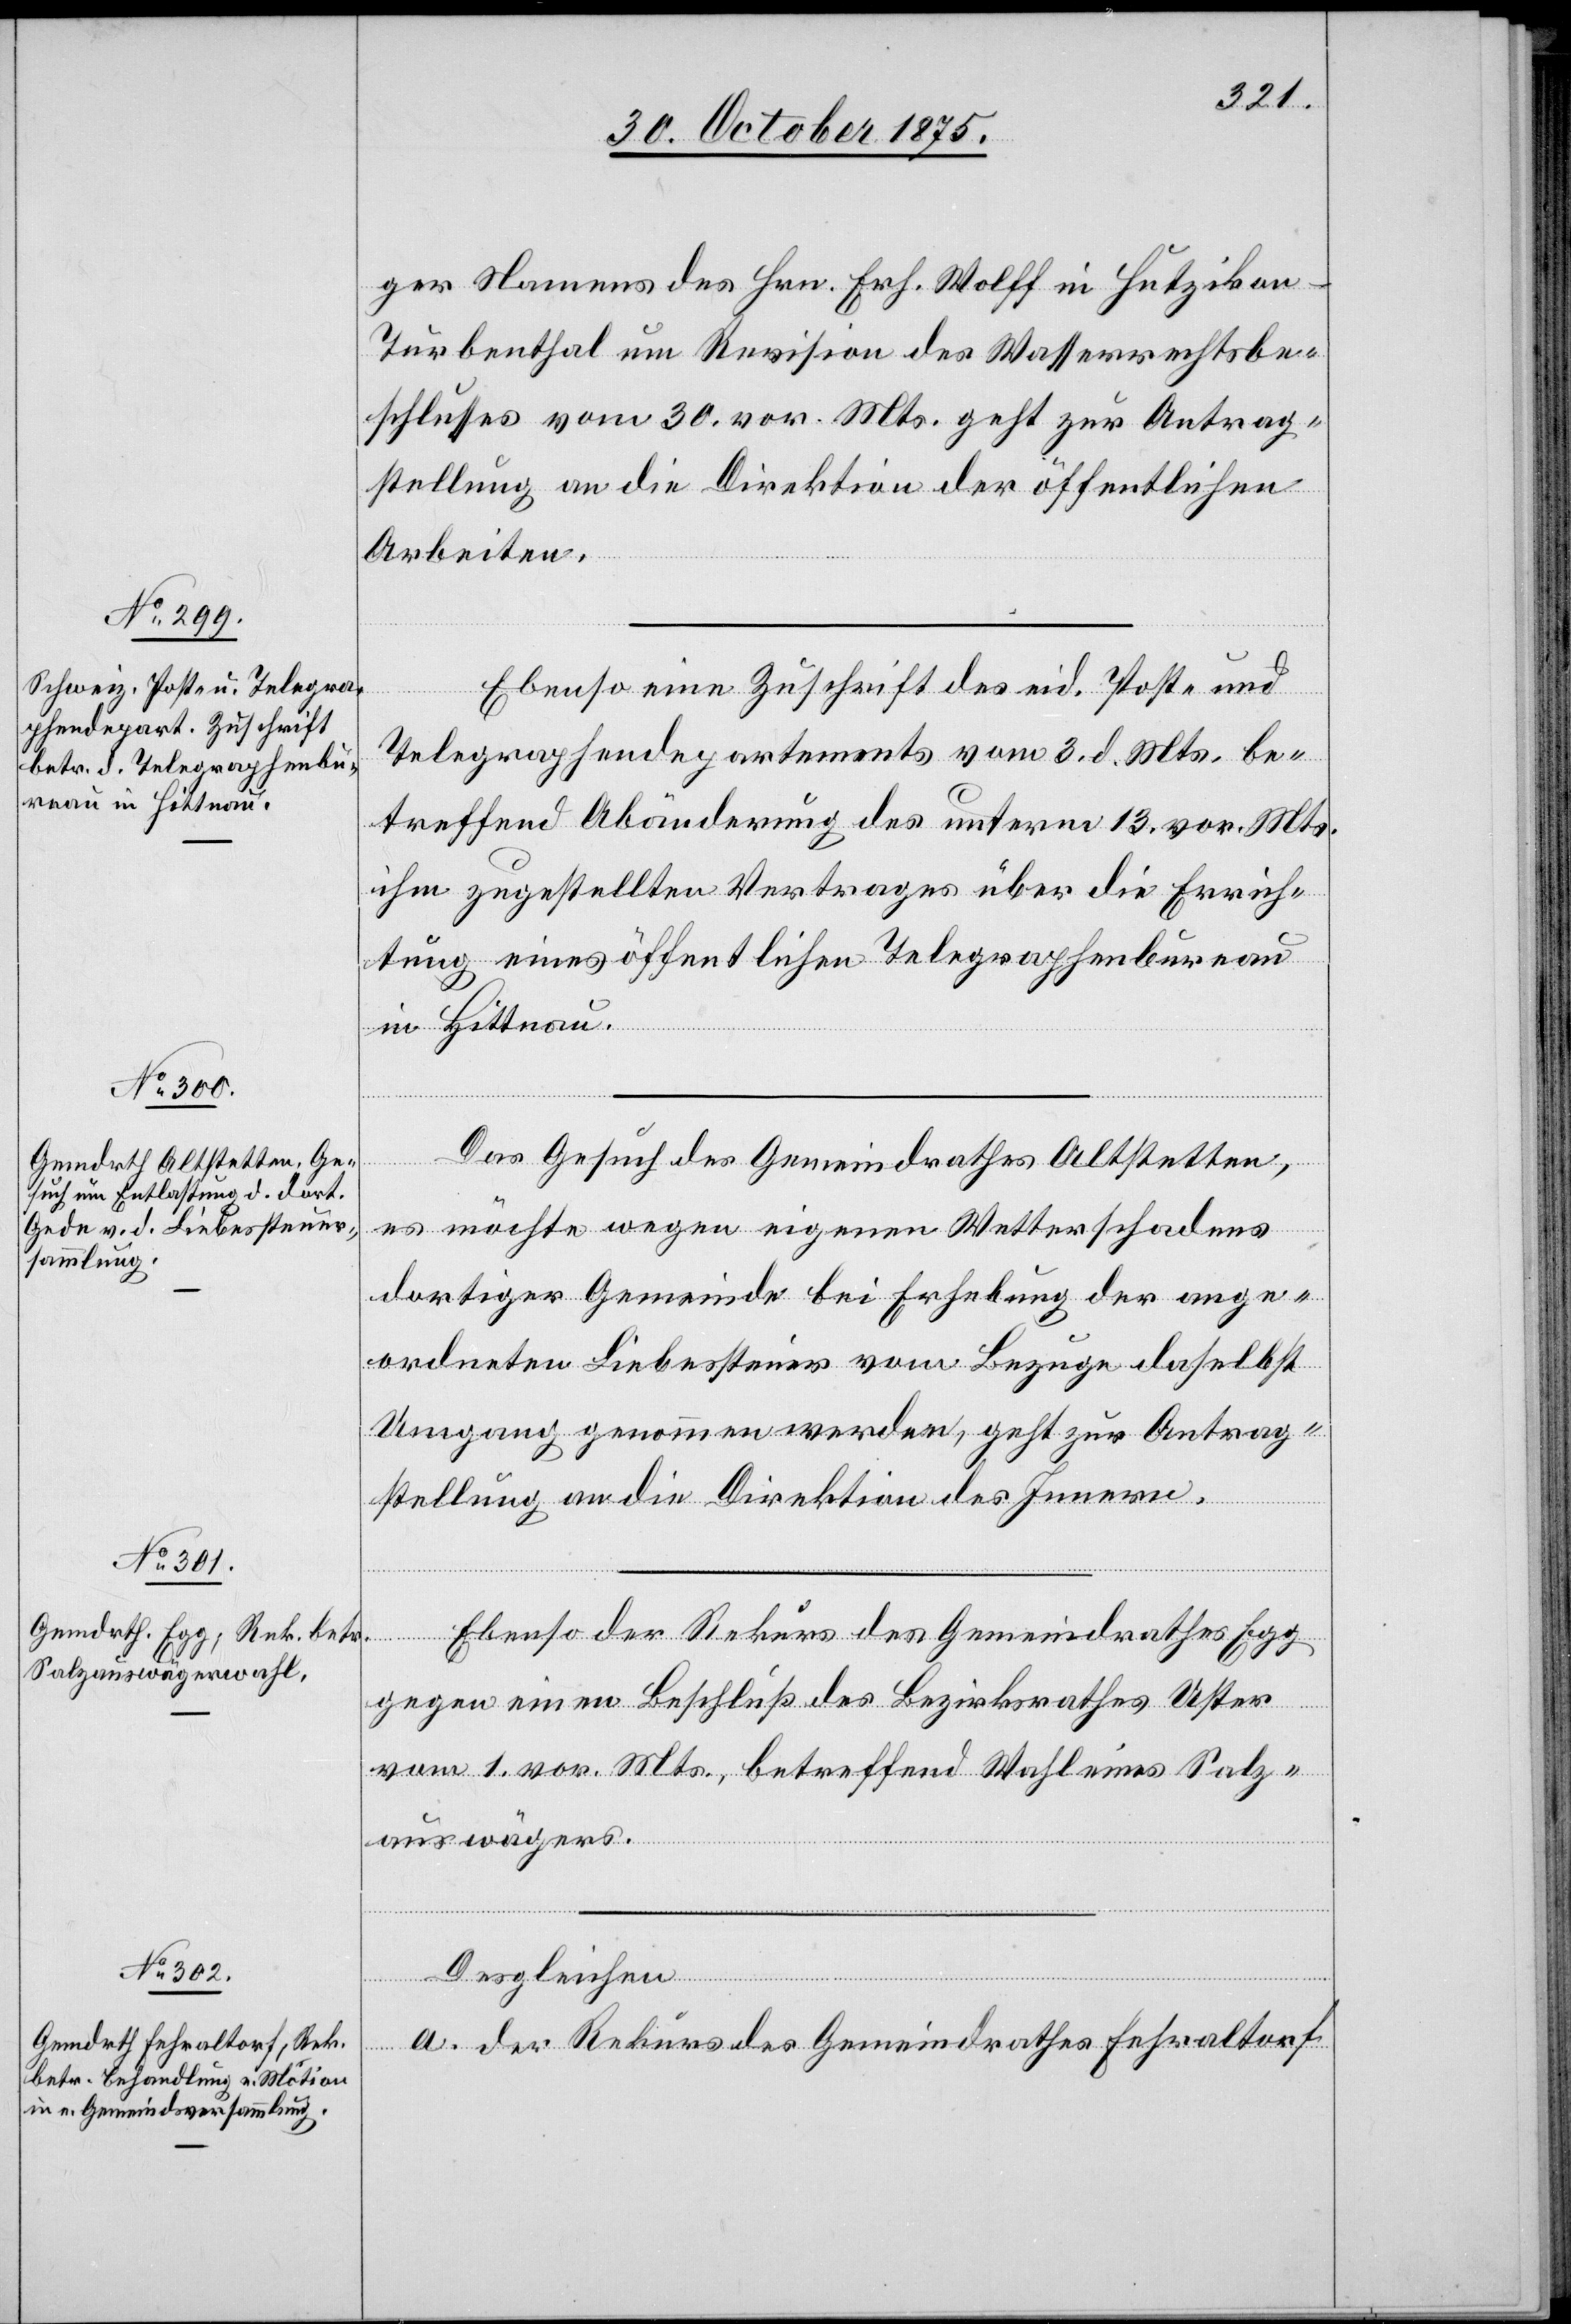
ger Namens des Hrn. Erh. Wolff in Hutzikon
Turbenthal um Revision des Wasserrechtsbe¬
schlusses vom 30. vor. Mts. geht zur Antrag¬
stellung an die Direktion der öffentlichen
Arbeiten.
Ebenso eine Zuschrift des eid. Post- und
Telegraphendepartements vom 3. d. Mts. be¬
treffend Abänderung des unterm 13. vor. Mts.
ihm zugestellten Vertrages über die Errich¬
tung eines öffentlichen Telegraphenbureau
November
in Hittnau.
Das Gesuch des Gemeindrathes Altstetten,
es möchte wegen eigenen Wetterschadens
dortiger Gemeinde bei Erhebung der ange¬
ordneten Liebessteuer vom Bezuge daselbst
Umgang genommen werden, geht zur Antrag¬
stellung an die Direktion des Innern.
Ebenso der Rekurs des Gemeindrathes Egg
gegen einen Beschluß des Bezirksrathes Uster
vom 1. vor. Mts., betreffend Wahl eines Salz¬
5.
auswägers.
Desgleichen
a. der Rekurs des Gemeindrathes Fehraltorf